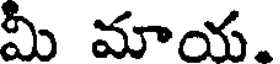
మీ మాయ.